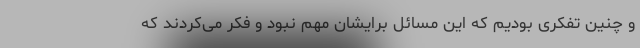
و چنین تفکری بودیم که این مسائل برایشان مهم نبود و فکر می‌کردند که